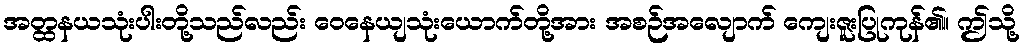
အတ္ထနယသုံးပါးတို့သည်လည်း ဝေနေယျသုံးယောက်တို့အား အစဉ်အလျောက် ကျေးဇူးပြုကုန်၏။ ဤသို့